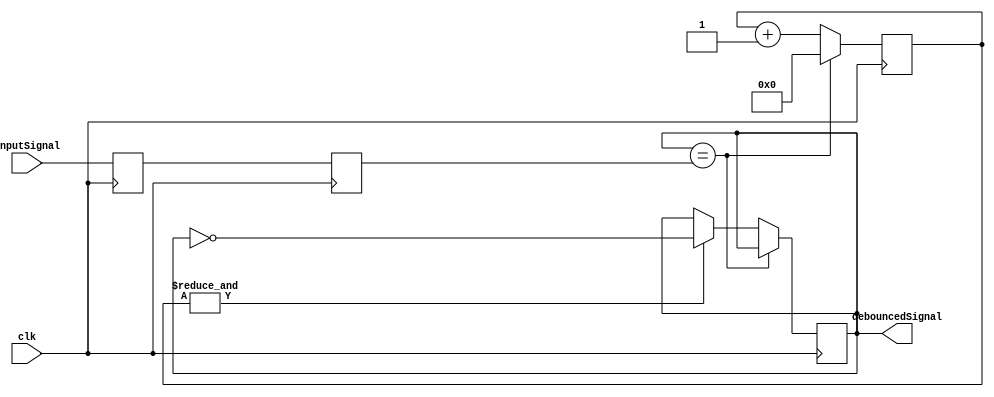
module debouncer(
    input clk,  // clk signal 
    input inputSignal, // original unsync signal
    output reg debouncedSignal, // output clock synced &debounced signal
    );

    // clock syncing ofthe input signal
    reg s0;
    always@(posedge clk) s0 <= inputSignal;
    reg s1;
    always@(posedge clk) s1 <= s0;


    // debouncing code
    reg [15:0] counter; // debounce timer counter
    wire idle = (debouncedSignal == s1);
    wire countFinished = &counter; // 1 if all bit of counter are 1
    always @(posedge clk)
    begin
        if (idle)
            counter<=0;
        else
        begin
            counter <= counter + 1;
            if (countFinished) 
                debouncedSignal<= ~debouncedSignal;
        end
    end
endmodule